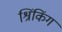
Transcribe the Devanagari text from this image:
श्रिंकिंग